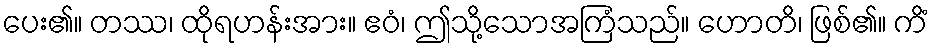
ပေး၏။ တဿ၊ ထိုရဟန်းအား။ ဧဝံ၊ ဤသို့သောအကြံသည်။ ဟောတိ၊ ဖြစ်၏။ ကိံ